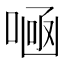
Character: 𠷭